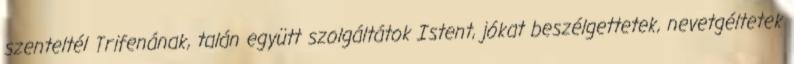
szenteltél Trifenának, talán együtt szolgáltátok Istent, jókat beszélgettetek, nevetgéltetek